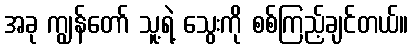
အခု ကျွန်တော် သူ့ရဲ့ သွေးကို စစ်ကြည့်ချင်တယ်။